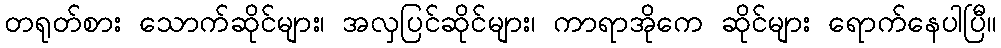
တရုတ်စား သောက်ဆိုင်များ၊ အလှပြင်ဆိုင်များ၊ ကာရာအိုကေ ဆိုင်များ ရောက်နေပါပြီ။